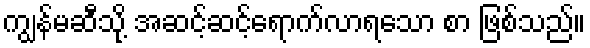
ကျွန်မဆီသို့ အဆင့်ဆင့်ရောက်လာရသော စာ ဖြစ်သည်။